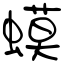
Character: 蟆